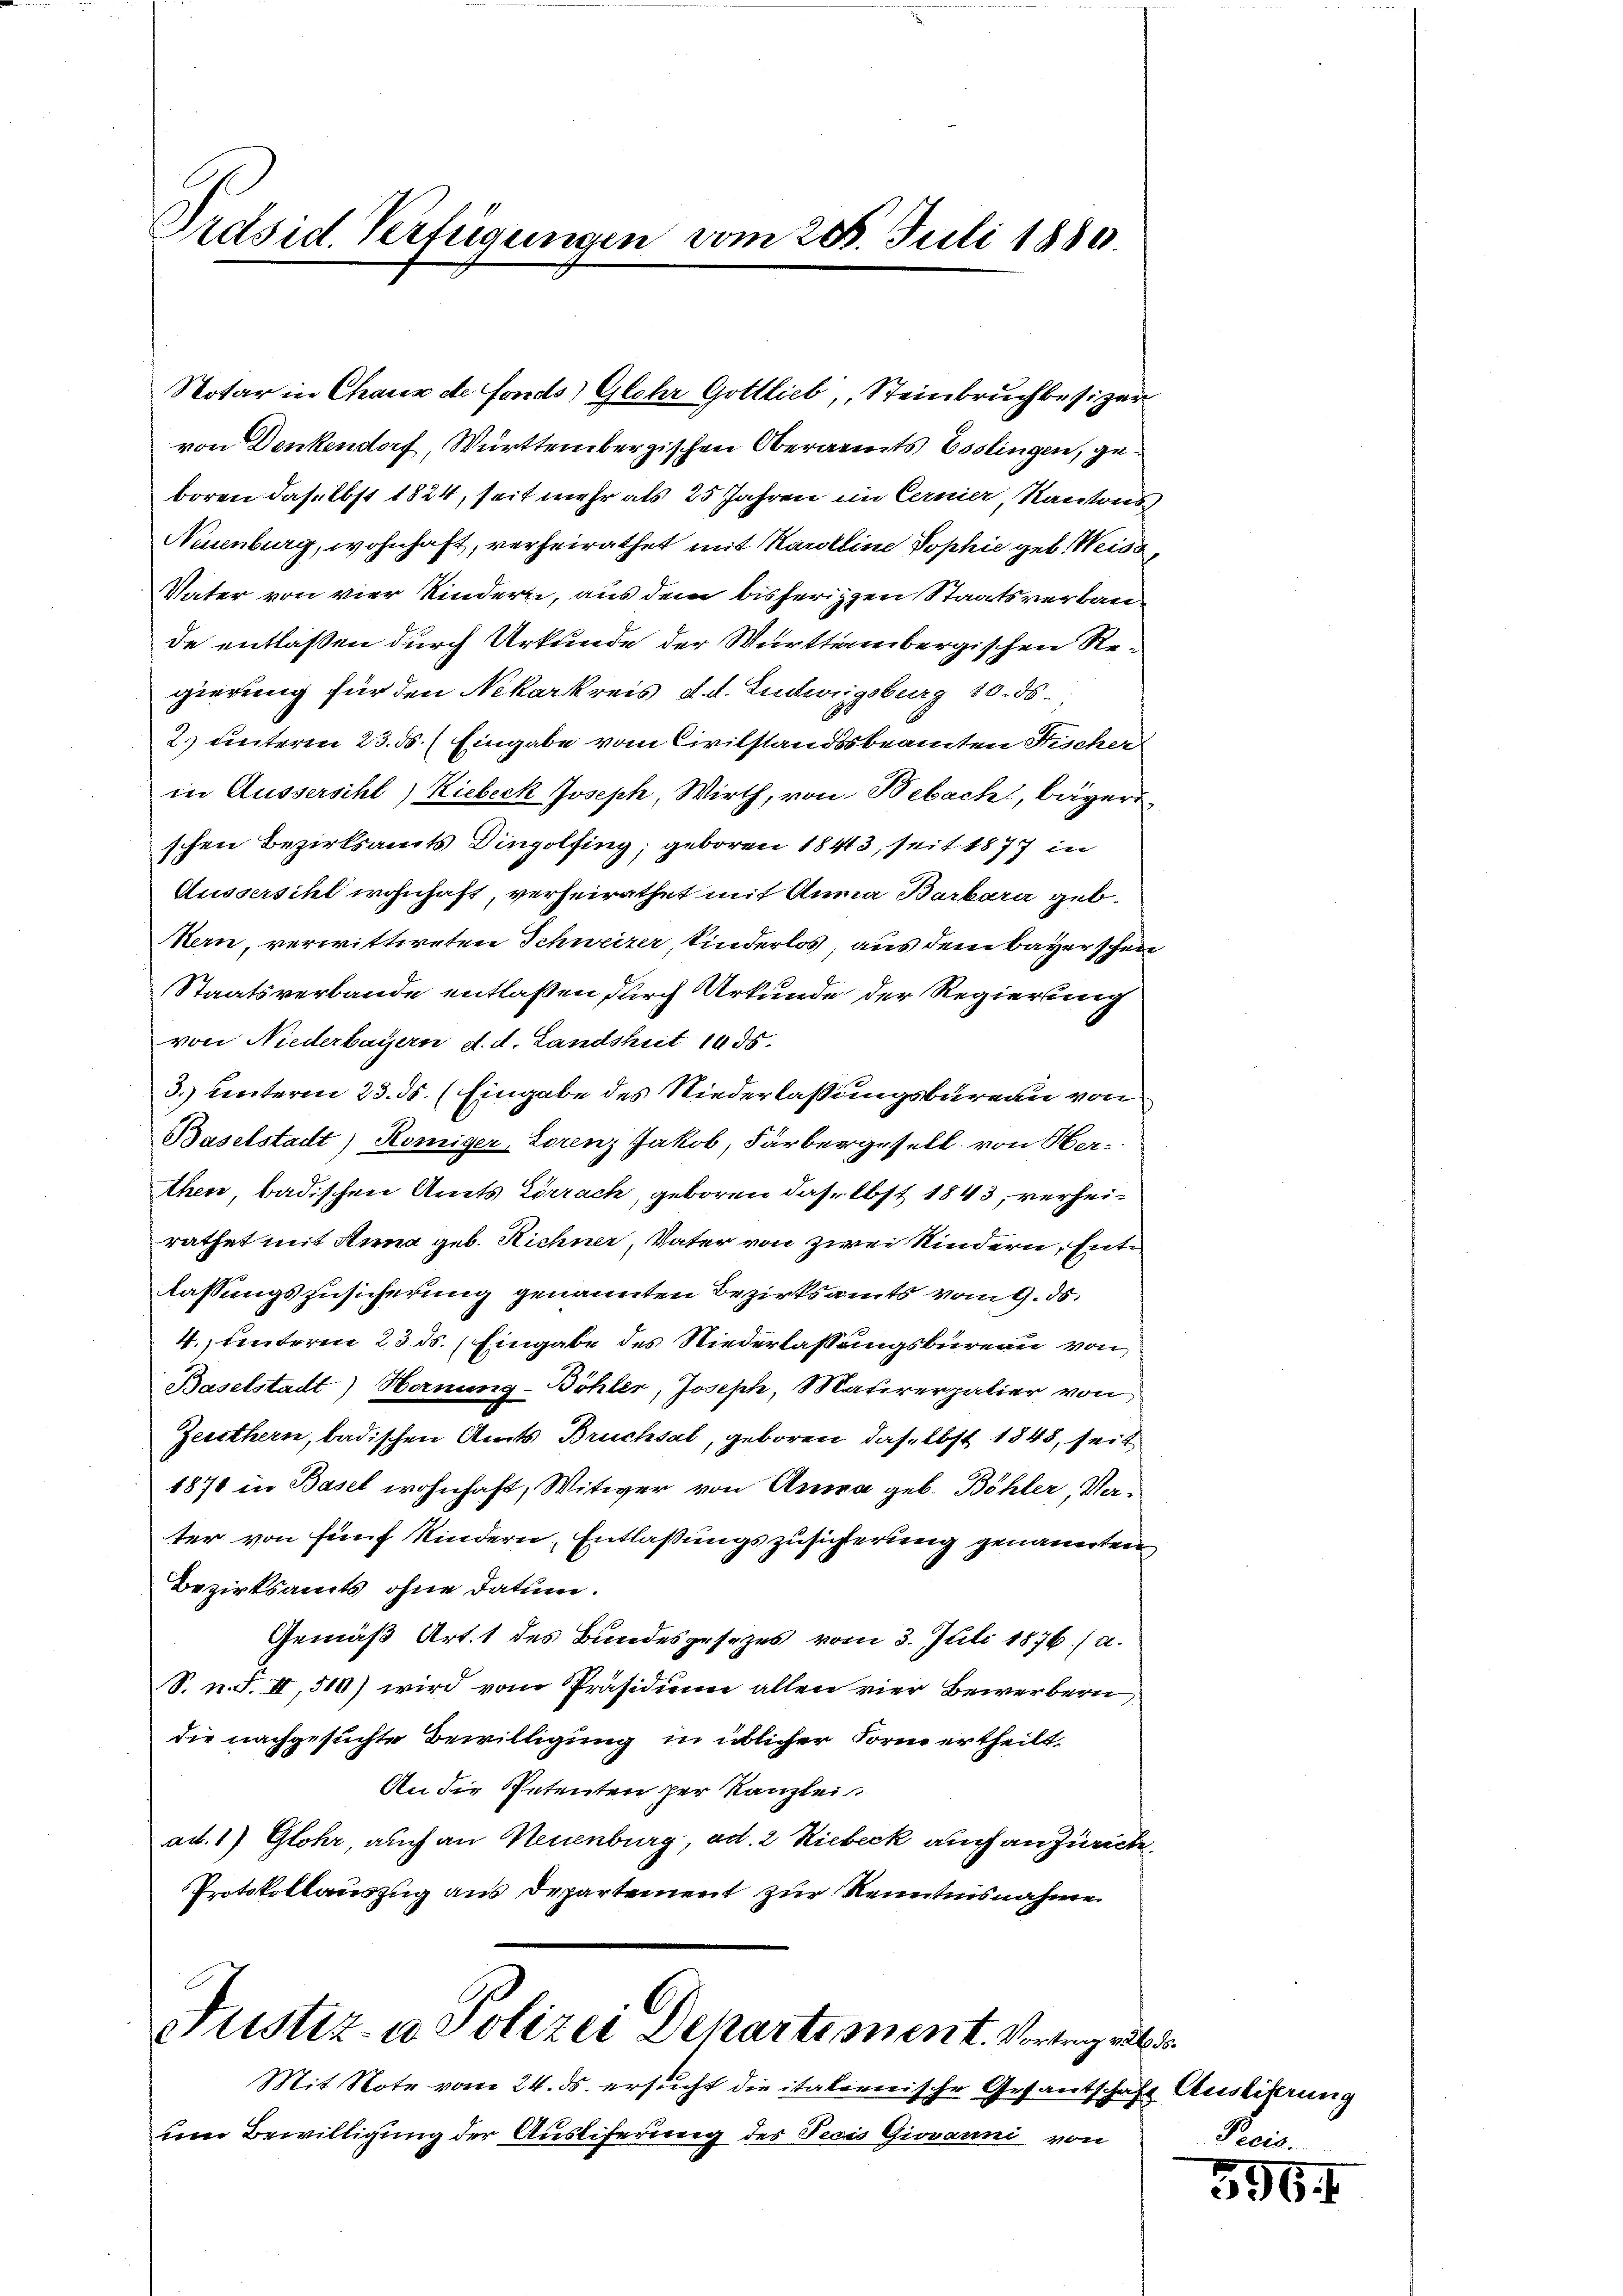
Präsid. Verfügungen vom 285. Juli 1880.

Notar in Chaux de fonds) Glohr Gottlieb, Steinbruchbesizer
von Denkendorf, Württembergischen Oberamts Esslingen, geboren daselbst 1824, seit mehr als 25 Jahren im Cernier, Kantons
Neuenburg, wohnhaft, verheirathet mit Karoline Vophie geb. Weiss,
Vater von vier Kindern, aus dem bisherigen Staatsverbaude entlaßen durch Urkunde der Württembergischen Regierung für den Nekarkreis d. d. Ludwigsburg 10. ds.,
2. unteren 23. ds. (Eingabe vom Civilstandsbeamten Fischer
in Äussersihl) Hiebeck Joseph, Wirth, von Bebach, bägeri
schen Bezirksamts Dingolfing; geboren 18413, seit 1877 in
Aussersihl wohnhaft, verheirathet mit Anna Barbara geb.
Kern, verwittweten Schweizer, Kinderlos, aus dem Bayerschen
Staatsverbande entlaßen durch Urkunde der Regierung
von Niederbauern d. d. Landshut 1935.
3.) hinteren 23. ds. (Eingabe des Niederlassungsbureau von
Baselstadt) Komiger, Lorenz Jakob, Färbergesell von Her-
then, badischen Amts Lörrach, geboren daselbst 1843, verheirathet mit Anna geb. Richner, Vater von zwei Kindern, Entlassungszusicherung genannten Bezirksamts vom 9. ds.
4. unterm 23. ds. Eingabe des Niederlassungsbureau von
Baselstadt) Hornung-Böhler, Joseph, Matirerpalier von
Zeuthern, badischen Amts Bruchsal, geboren, daselbst 1845, seit
1878 in Basel wohnhaft, Witwer von Amira geb. Böhler, Nater von fünf Kindern, Entlassungszusicherung genannten
Bezirksamts ohne Datum.
Gemäß Art. 1 des Bundesgesezes vom 3. Juli 1876. / a.
S. n. F. II, 510) wird vom Präsidium allen vier Bewerbern
die nachgesuchte Bewilligung in üblicher Form ertheilt.
An die Petenten per Kanzlei.
ad. 1) Glohr, auch an Neuenburg, ad. 2 Riebeck auch an zurücke,
Protokollauszug aus Departement zur Kenntnisnahme

Mit Note vom 24. ds. ersucht die italienische Gesantschaft Ausliferung
um Bewilligung der Ausliferung des Pecis Giovanni von

A
Justiz- u. Polizei Dekartement. Vortrag auf d

Preis.

3164